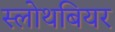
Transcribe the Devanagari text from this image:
स्लोथबियर